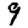
Digit: 9